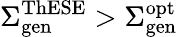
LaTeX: \Sigma_{\mathrm{gen}}^{\mathrm{ThESE}}>\Sigma_{\mathrm{gen}}^{\mathrm{opt}}